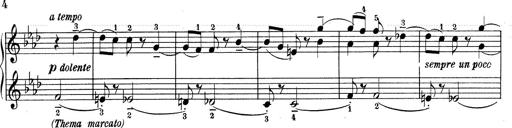
Title: Weinen, Klagen, Sorgen, Zagen
Composer: Franz Liszt